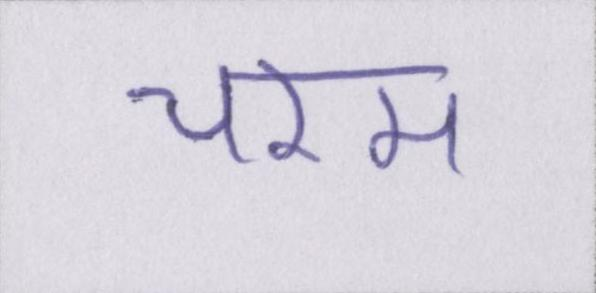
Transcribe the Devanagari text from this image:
चरम